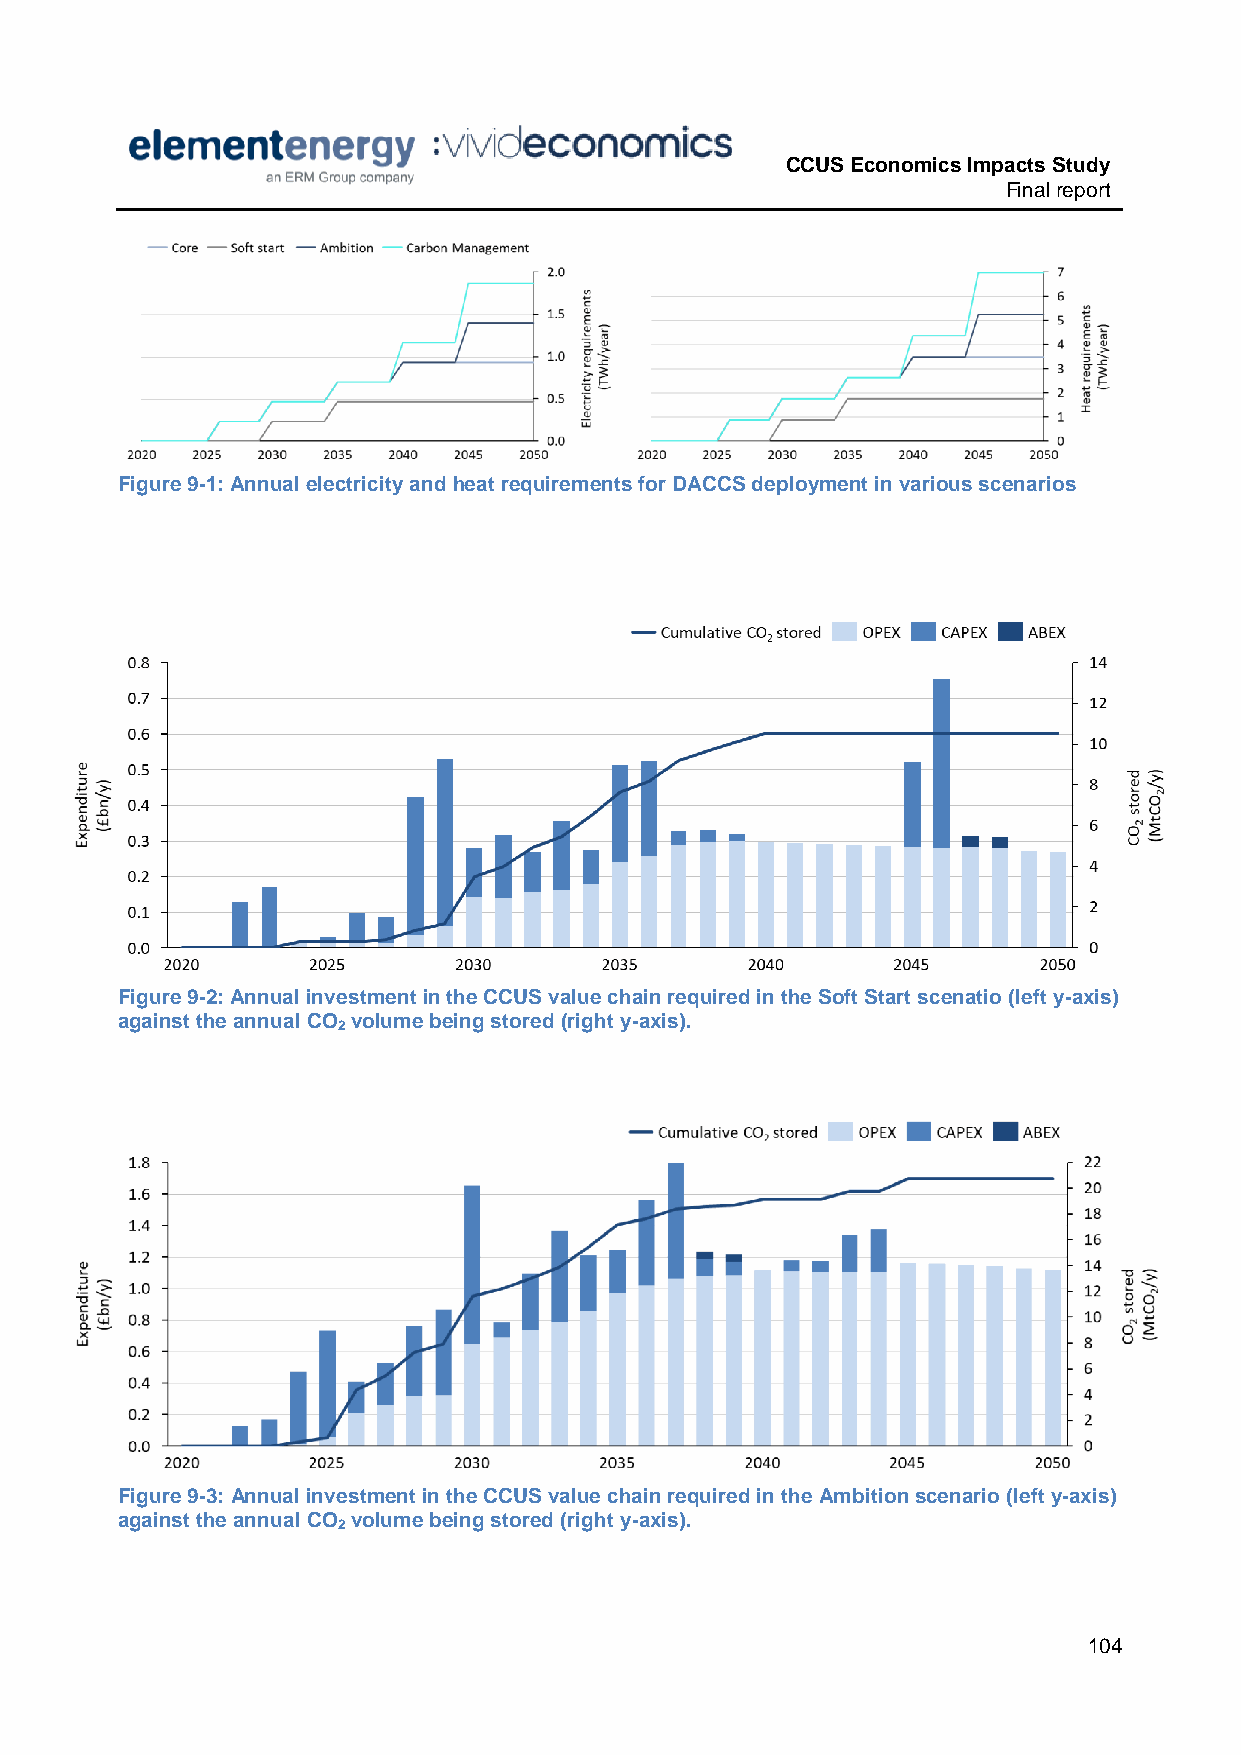
CCUS Economics Impacts Study
 Final report
 Figure 9-1: Annual electricity and heat requirements for DACCS deployment in various scenarios
 Figure 9-2: Annual investment in the CCUS value chain required in the Soft Start scenatio (left y-axis)
 against the annual CO volume being stored (right y-axis).
 2
 Figure 9-3: Annual investment in the CCUS value chain required in the Ambition scenario (left y-axis)
 against the annual CO volume being stored (right y-axis).
 2
 104